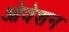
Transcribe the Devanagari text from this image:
ओवेशन